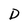
Character: D